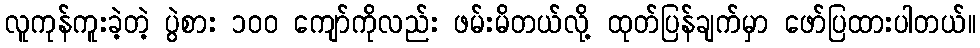
လူကုန်ကူးခဲ့တဲ့ ပွဲစား ၁၀၀ ကျော်ကိုလည်း ဖမ်းမိတယ်လို့ ထုတ်ပြန်ချက်မှာ ဖော်ပြထားပါတယ်။